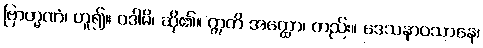
ဗြာဟ္မဏံ၊ ဟူ၍။ ဝဒါမိ၊ ဆို၏။ ဣတိ အတ္ထော၊ တည်း။ ဒေသနာဝသာနေ၊